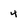
Character: 4